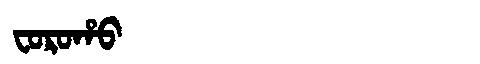
Manchu: ᠸᠣᡵᠣᡥᠣ
Romanization: FOROHO